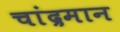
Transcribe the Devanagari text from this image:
चांद्रमान